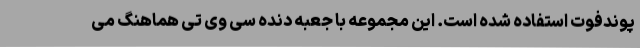
پوندفوت استفاده شده است. این مجموعه با جعبه دنده سی وی تی هماهنگ می